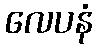
လေပနံ